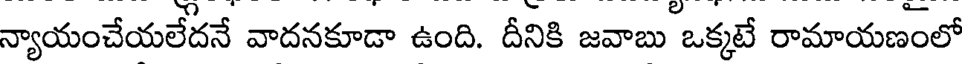
న్యాయంచేయలేదనే వాదనకూడా ఉంది. దీనికి జవాబు ఒక్కటే రామాయణంలో